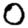
Digit: 0